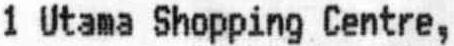
1 UTAMA SHOPPING CENTRE,